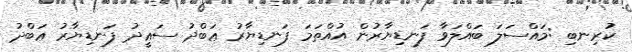
ކުރިނބި :މައްސަލަ ބައްލަވާ ފަނޑިޔާރުން އުއްތަމަ ފަނޑިޔާރު ޢަބްދު ސަޢީދު ފަނޑިޔާރު ޢަބްދު